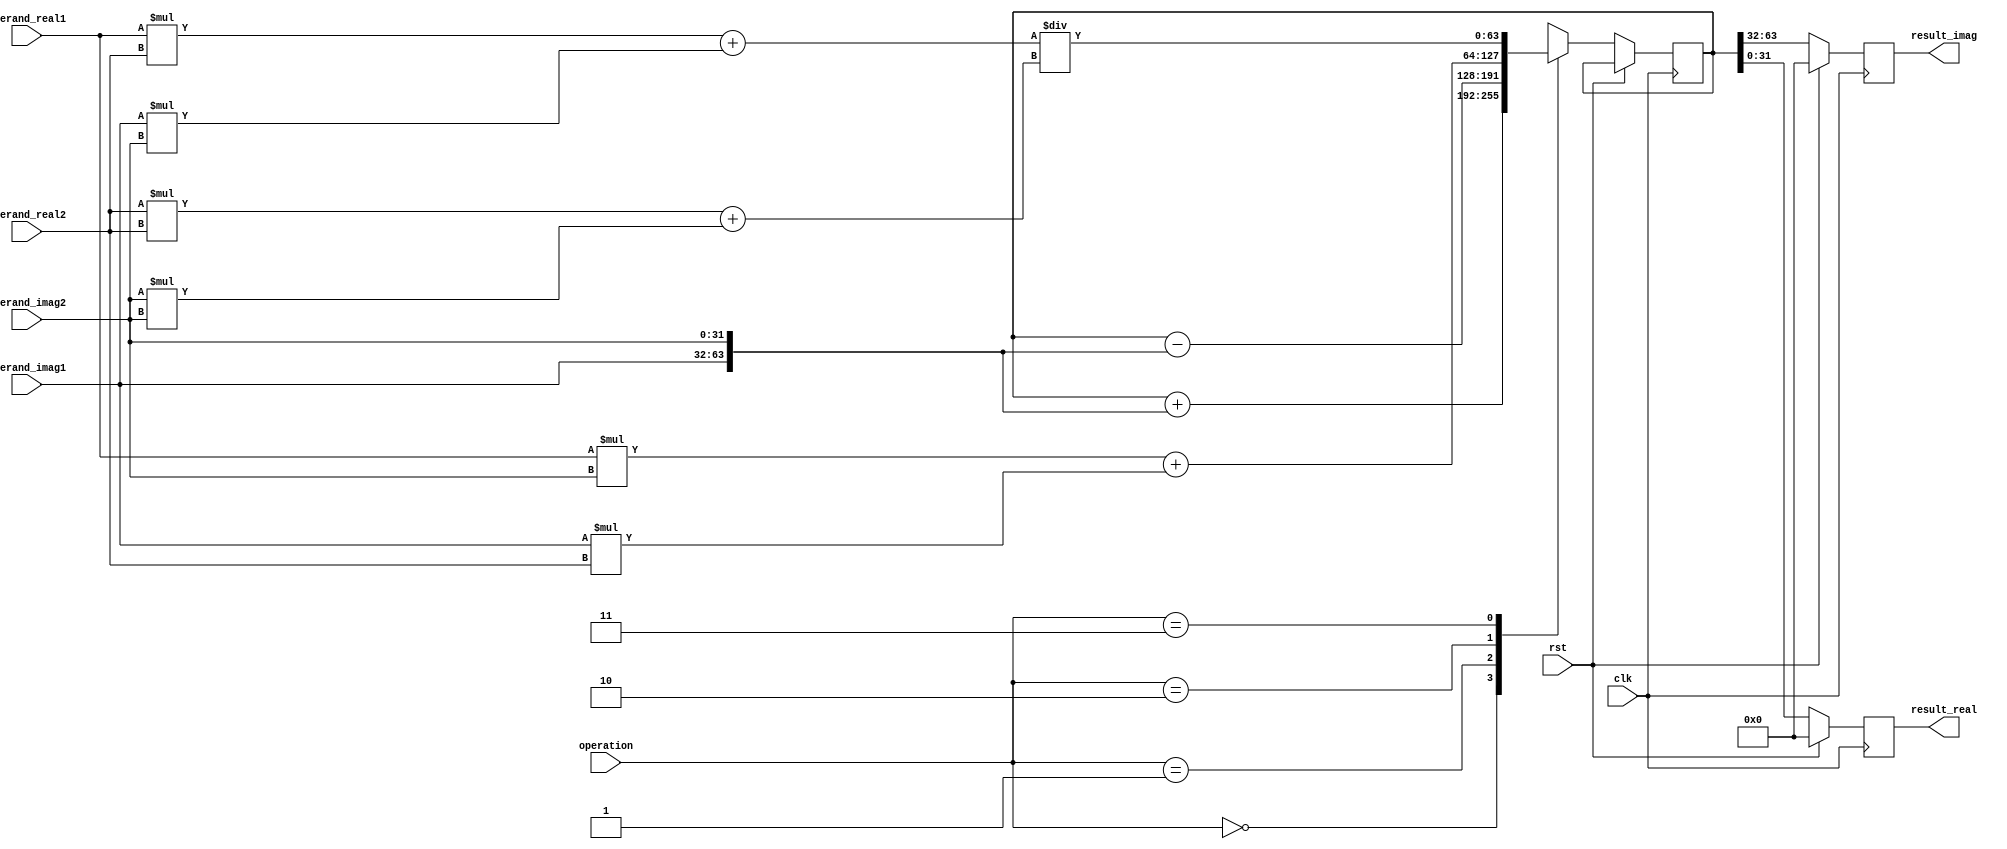
module Complex_ALU(
    input wire clk,
    input wire rst,
    input wire [31:0] operand_real1,
    input wire [31:0] operand_imag1,
    input wire [31:0] operand_real2,
    input wire [31:0] operand_imag2,
    input wire [1:0] operation, // 00: Addition, 01: Subtraction, 10: Multiplication, 11: Division
    output reg [31:0] result_real,
    output reg [31:0] result_imag
);

reg [63:0] temp_result;

always @(posedge clk) begin
    if (rst) begin
        result_real <= 0;
        result_imag <= 0;
    end else begin
        case(operation)
            2'b00 : begin // Addition
                temp_result <= operand_real1 + operand_real2;
                temp_result <= temp_result + {operand_imag1, operand_imag2};
            end
            2'b01 : begin // Subtraction
                temp_result <= operand_real1 - operand_real2;
                temp_result <= temp_result - {operand_imag1, operand_imag2};
            end
            2'b10 : begin // Multiplication
                temp_result <= (operand_real1 * operand_real2) - (operand_imag1 * operand_imag2);
                temp_result <= (operand_real1 * operand_imag2) + (operand_imag1 * operand_real2);
            end
            2'b11 : begin // Division
                temp_result <= ((operand_real1 * operand_real2) + (operand_imag1 * operand_imag2)) / ((operand_real2 * operand_real2) + (operand_imag2 * operand_imag2));
            end
            default : begin
                temp_result <= 0;
            end
        endcase

        result_real <= temp_result[31:0];
        result_imag <= temp_result[63:32];
    end
end

endmodule